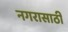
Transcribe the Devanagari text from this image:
नगरासाठी